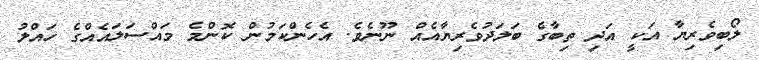
ލޯބިވެރިޔާ އަކީ އަދި ތިބާގެ ބަލަދުވެރިޔާއެއް ނޫނެވެ. އެހެންކަމުން ކޮންމެ މައްސަލައެއްގެ ހައްލު